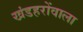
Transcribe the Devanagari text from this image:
खंडहरोंवाला